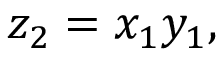
z _ { 2 } = x _ { 1 } y _ { 1 } ,